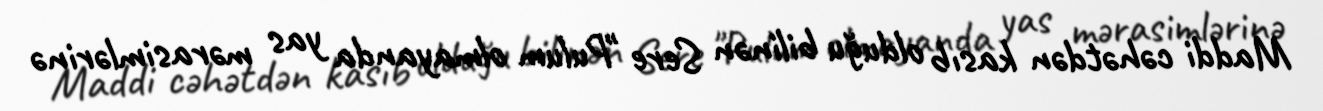
Maddi cəhətdən kasıb olduğu bilinən Sere "Pulum olmayanda yas mərasimlərinə